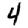
Digit: 4